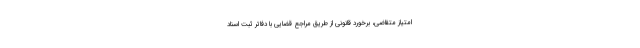
امتیاز متقاضی، برخورد قانونی از طریق مراجع قضایی با دفاتر ثبت اسناد